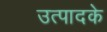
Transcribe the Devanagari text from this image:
उत्पादके